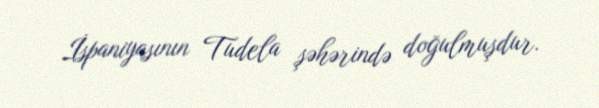
İspaniyasının Tudela şəhərində doğulmuşdur.